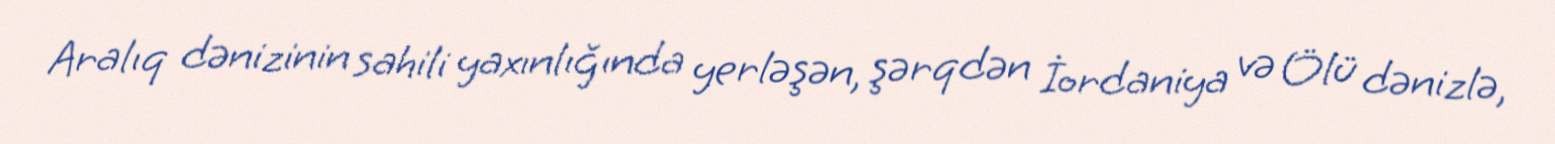
Aralıq dənizinin sahili yaxınlığında yerləşən, şərqdən İordaniya və Ölü dənizlə,